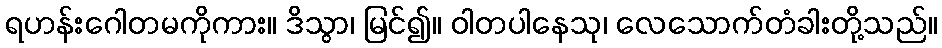
ရဟန်းဂေါတမကိုကား။ ဒိသွာ၊ မြင်၍။ ဝါတပါနေသု၊ လေသောက်တံခါးတို့သည်။